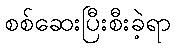
စစ်ဆေးပြီးစီးခဲ့ရာ